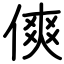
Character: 傸